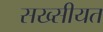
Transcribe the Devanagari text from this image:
सख्सीयत